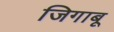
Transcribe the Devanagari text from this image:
जिगाबू